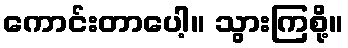
ကောင်းတာပေါ့။ သွားကြစို့။